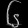
Digit: ၆